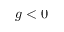
g < 0